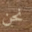
نحن